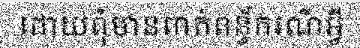
ដោយពុំមានពាក់ពន្ធ័ករណីអ្វី